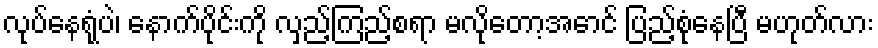
လုပ်နေရုံပဲ၊ နောက်ပိုင်းကို လှည့်ကြည့်စရာ မလိုတော့အောင် ပြည့်စုံနေပြီ မဟုတ်လား